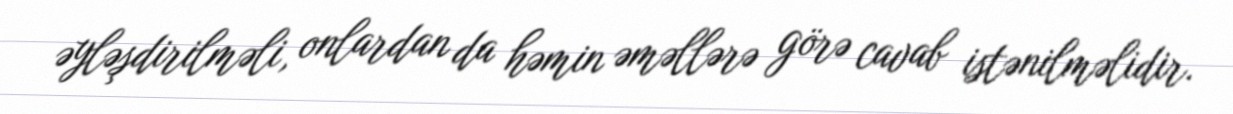
əyləşdirilməli, onlardan da həmin əməllərə görə cavab istənilməlidir.